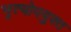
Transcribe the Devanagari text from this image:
भृत्योपयुक्त